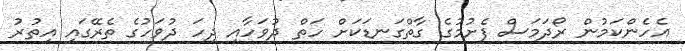
އެހެންކަމުން ރޯދަމަސް ފެށުމުގެ ގާތްގަނޑަކަށް ހަތް ދުވަހާއި ދިހަ ދުވަހުގެ ތެރޭގައި އިތުރު